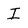
Character: I